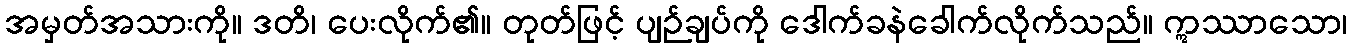
အမှတ်အသားကို။ ဒတိ၊ ပေးလိုက်၏။ တုတ်ဖြင့် ပျဉ်ချပ်ကို ဒေါက်ခနဲခေါက်လိုက်သည်။ ဣဿာသော၊